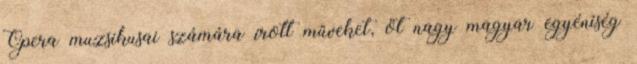
Opera muzsikusai számára írott műveket, öt nagy magyar egyéniség